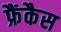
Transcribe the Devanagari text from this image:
फ्रैंकैस